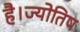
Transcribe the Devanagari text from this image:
है।ज्योतिष